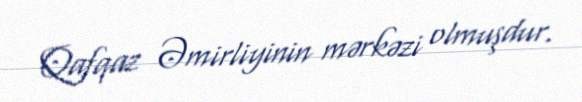
Qafqaz Əmirliyinin mərkəzi olmuşdur.